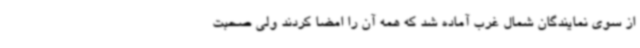
از سوی نمایندگان شمال غرب آماده شد که همه آن را امضا کردند ولی صحبت